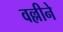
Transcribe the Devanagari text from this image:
वल्लीने